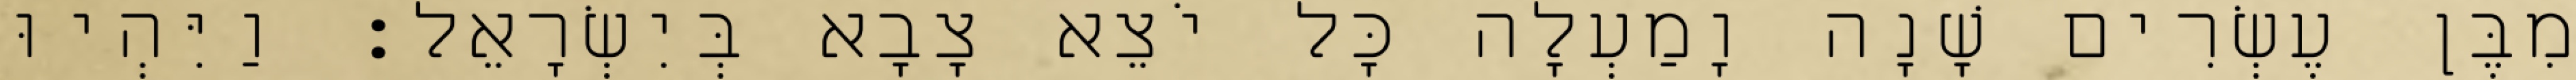
מִבֶּן עֶשְׂרִים שָׁנָה וָמַעְלָה כָּל יֹצֵא צָבָא בְּיִשְׂרָאֵל׃ וַיִּהְיוּ